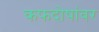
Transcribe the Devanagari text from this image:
कफदोषांवर